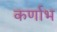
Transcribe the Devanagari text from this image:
कर्णाभ